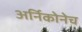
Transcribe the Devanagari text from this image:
अर्निकोनेच